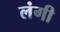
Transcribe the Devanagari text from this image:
लंगी